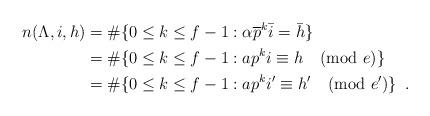
LaTeX: \begin{align*}n(\Lambda,i,h)&=\#\{0\leq k\leq f-1: \alpha\overline{p}^k\bar i=\bar h\}\\&=\#\{0\leq k\leq f-1: a{p}^ki\equiv h\pmod{e}\}\\&=\#\{0\leq k\leq f-1: a{p}^ki'\equiv h'\pmod{e'}\}\enspace.\end{align*}